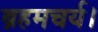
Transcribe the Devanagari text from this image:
ब्रहमचर्य।